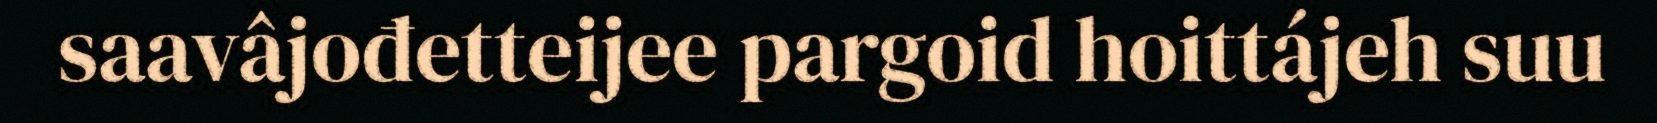
saavâjođetteijee pargoid hoittájeh suu